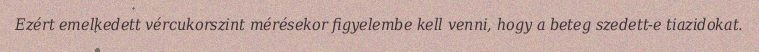
Ezért emelkedett vércukorszint mérésekor figyelembe kell venni, hogy a beteg szedett-e tiazidokat.